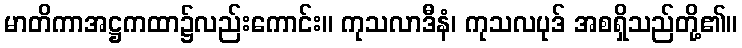
မာတိကာအဋ္ဌကထာ၌လည်းကောင်း။ ကုသလာဒီနံ၊ ကုသလပုဒ် အစရှိသည်တို့၏။